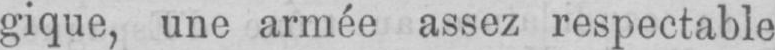
gique, une armée assez respectable